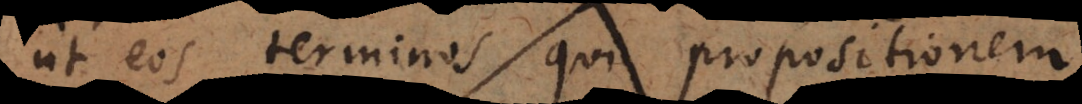
ut eos terminos qui propositionem